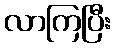
လာကြပြီး